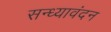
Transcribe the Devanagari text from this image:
सन्ध्यावंदन